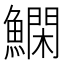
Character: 𬵬